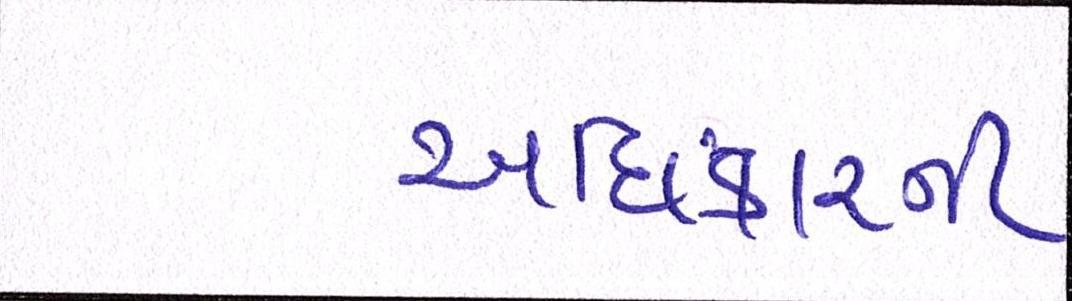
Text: અધિકારથી